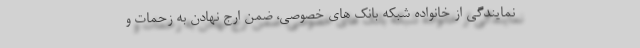
نمایندگی از خانواده شبکه بانک های خصوصی، ضمن ارج نهادن به زحمات و